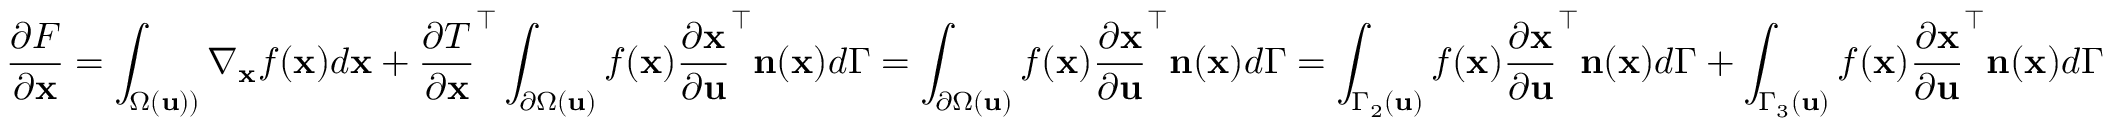
\frac { \partial F } { \partial \mathbf { x } } = \int _ { \Omega ( \mathbf { u } ) ) } \nabla _ { \mathbf { x } } f ( \mathbf { x } ) d \mathbf { x } + \frac { \partial T } { \partial \mathbf { x } } ^ { \top } \int _ { \partial \Omega ( \mathbf { u } ) } f ( \mathbf { x } ) \frac { \partial \mathbf { x } } { \partial \mathbf { u } } ^ { \top } \mathbf { n } ( \mathbf { x } ) d \Gamma = \int _ { \partial \Omega ( \mathbf { u } ) } f ( \mathbf { x } ) \frac { \partial \mathbf { x } } { \partial \mathbf { u } } ^ { \top } \mathbf { n } ( \mathbf { x } ) d \Gamma = \int _ { \Gamma _ { 2 } ( \mathbf { u } ) } f ( \mathbf { x } ) \frac { \partial \mathbf { x } } { \partial \mathbf { u } } ^ { \top } \mathbf { n } ( \mathbf { x } ) d \Gamma + \int _ { \Gamma _ { 3 } ( \mathbf { u } ) } f ( \mathbf { x } ) \frac { \partial \mathbf { x } } { \partial \mathbf { u } } ^ { \top } \mathbf { n } ( \mathbf { x } ) d \Gamma